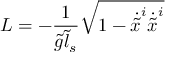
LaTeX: { \cal L } = - \frac { 1 } { \tilde { g } \tilde { l } _ { s } } \sqrt { 1 - \dot { \tilde { x } } ^ { i } \dot { \tilde { x } } ^ { i } }